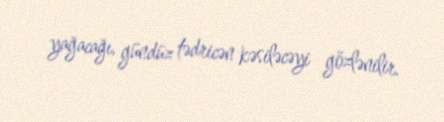
yağacağı, gündüz tədricən kəsiləcəyi gözlənilir.